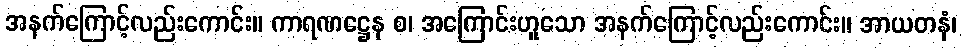
အနက်ကြောင့်လည်းကောင်း။ ကာရဏဋ္ဌေန စ၊ အကြောင်းဟူသော အနက်ကြောင့်လည်းကောင်း။ အာယတနံ၊